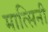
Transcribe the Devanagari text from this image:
मात्सिनी